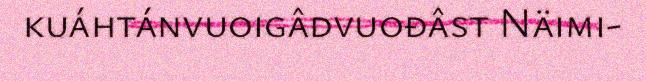
kuáhtánvuoigâdvuođâst Näimi-